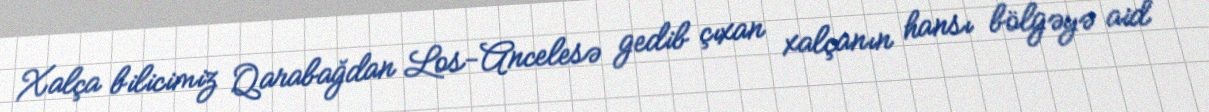
Xalça bilicimiz Qarabağdan Los-Ancelesə gedib çıxan xalçanın hansı bölgəyə aid